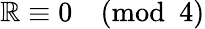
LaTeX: \mathbb{R}\equiv0{\pmod{4}}